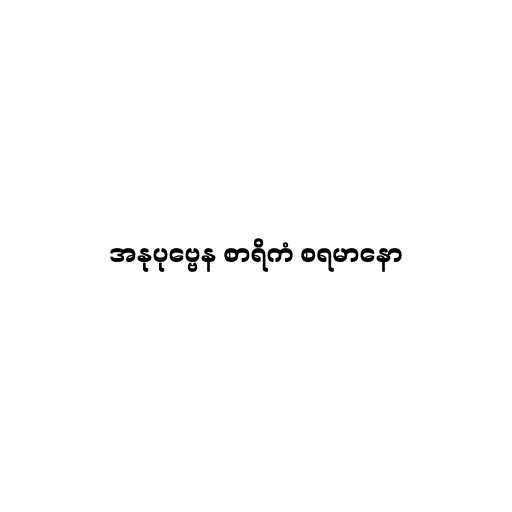
အနုပုဗ္ဗေန စာရိကံ စရမာနော